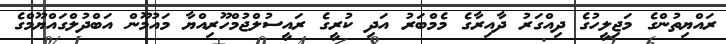
ރައްޔިތުންގެ މަޖިލީހުގެ ދިއްގަރު ދާއިރާގެ މެމްބަރު އަދި ކުރީގެ ރައީސުލްޖުމްހޫރިއްޔާ މައުމޫން އަބްދުލްގައްޔޫމްގެ